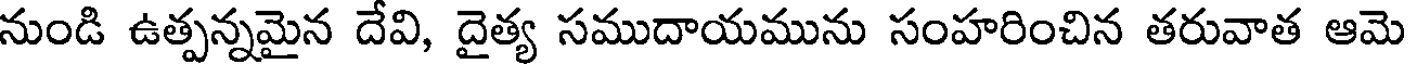
నుండి ఉత్పన్నమైన దేవి, దైత్య సముదాయమును సంహరించిన తరువాత ఆమె